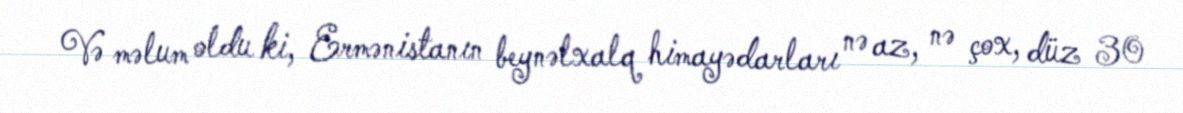
Və məlum oldu ki, Ermənistanın beynəlxalq himayədarları nə az, nə çox, düz 30